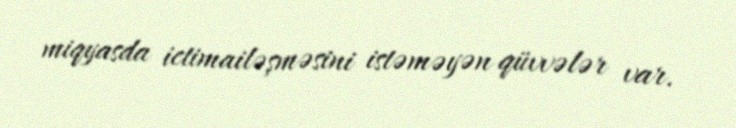
miqyasda ictimailəşməsini istəməyən qüvvələr var.